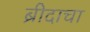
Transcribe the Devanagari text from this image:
ब्रीदाचा